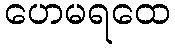
ဟေမရထေ